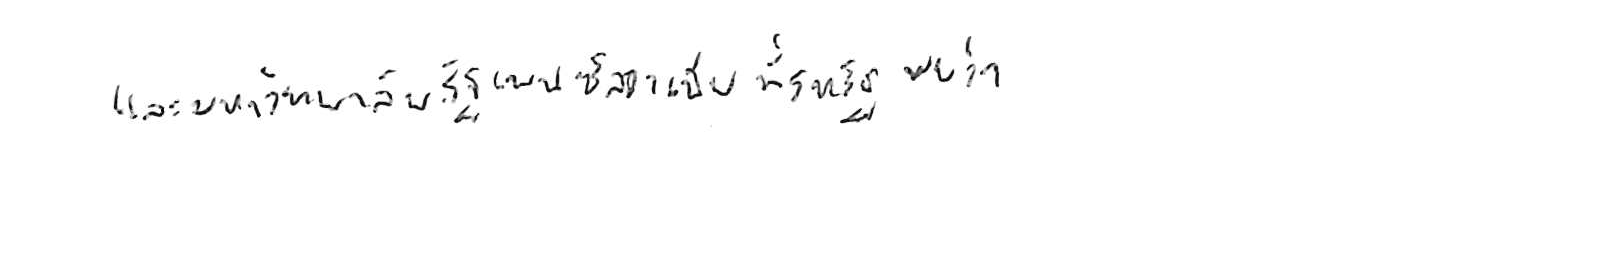
และมหาวิทยาลัยรัฐเพนซิลวาเนีย ที่สหรัฐ พบว่า